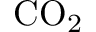
\mathrm { C O _ { 2 } }